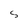
Character: S